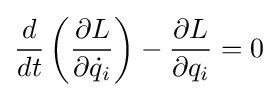
{\frac {d}{dt}}\left({\frac {\partial L}{\partial {\dot {q}}_{i}}}\right)-{\frac {\partial L}{\partial q_{i}}}=0